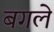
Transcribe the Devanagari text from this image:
बगले